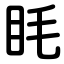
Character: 眊